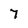
Character: 7